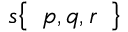
s { \left\{ \begin{array} { l } { p , q , r } \end{array} \right\} }